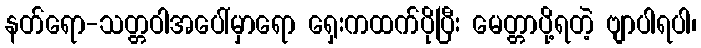
နတ်ရော-သတ္တဝါအပေါ်မှာရော ရှေးကထက်ပိုပြီး မေတ္တာပို့ရတဲ့ ဗျာပါရပါ၊